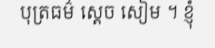
បុត្រធម៌ ស្តេច សៀម ។ ខ្ញុំ